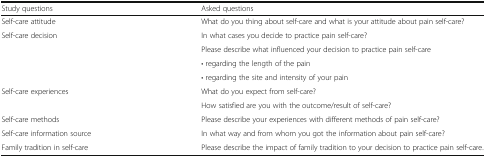
| Study questions | Asked questions |
 | --- | --- |
 | Self-care attitude | What do you thing about self-care and what is your attitude about pain self-care? |
 | <ROWSPAN=4> Self-care decision | In what cases you decide to practice pain self-care? |
 | Please describe what influenced your decision to practice pain self-care |
 | • regarding the length of the pain |
 | • regarding the site and intensity of your pain |
 | <ROWSPAN=2> Self-care experiences | What do you expect from self-care? |
 | How satisfied are you with the outcome/result of self-care? |
 | Self-care methods | Please describe your experiences with different methods of pain self-care? |
 | Self-care information source | In what way and from whom you got the information about pain self-care? |
 | Family tradition in self-care | Please describe the impact of family tradition to your decision to practice pain self-care. |